Sanitation, dispensaries and jails vaccination Rajputana 1922-1927 - 1922-1927
Year: 1922
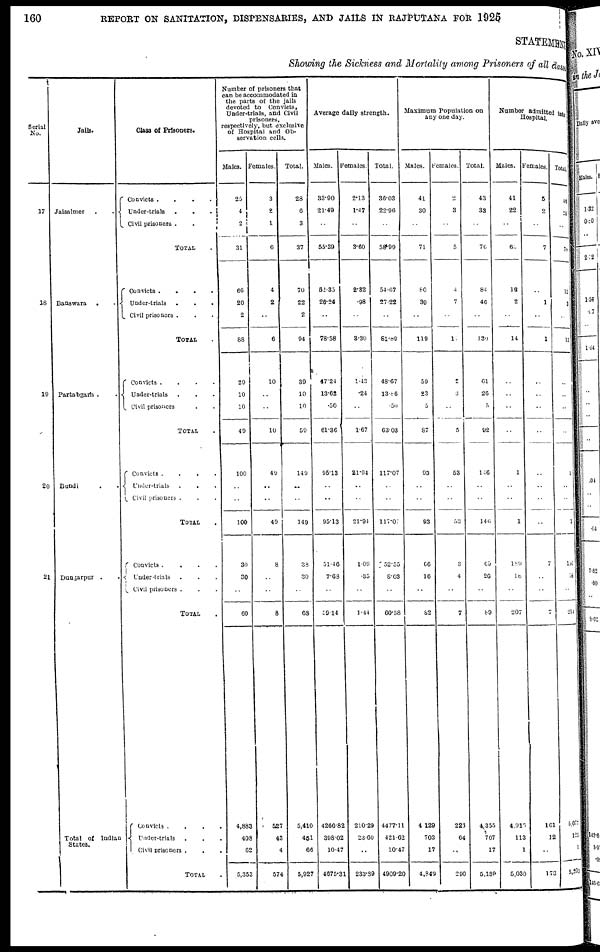
160
REPORT ON SANITATION, DISPENSARIES, AND JAILS IN RAJPUTANA FOR 1925
STATEMENT
Showing the Sickness and Mortality among Prisoners of all classes
Serial
No.
17
18
19
20
21
Jails.
Jaisalmer . .
Banswara
.
.
Partabgarh . .
Bundi .
Dungarpur . .
Total of Indian
States.
Class of Prisoners.
Convicts . . . .
Under-trials . . .
Civil prisoners .
.
TOTAL .
Convicts .
.
.
.
Under-trials . . .
Civil prisoners . .
TOTAL .
Convicts .
.
.
.
Under-trials . . .
Civil prisoners . .
TOTAL .
Convicts .
.
.
.
Under-trials
. .
Civil prisoners . .
TOTAL .
Convicts .
.
.
.
Under-trials . . .
Civil prisoners . .
TOTAL .
Convicts .
.
.
.
Under-trials
. . .
Civil prisoners . . .
TOTAL .
Number of prisoners that
can be accommodated in
the parts of the jails
devoted to
Convicts,
Under-trials, and Civil
prisoners,
respectively, but exclusive
of Hospital and Ob-
servation cells.
Males.
25
4
2
31
66
20
2
88
29
10
10
49
100
..
..
100
30
30
..
60
4,883
408
62
5,353
Females.
3
2
1
6
4
2
..
6
10
..
..
10
49
..
..
49
8
..
..
8
527
43
4
574
Total.
28
6
3
37
70
22
2
94
39
10
10
59
149
..
..
149
38
30
..
68
5,410
451
66
5,927
Average daily strength.
Males.
33.90
21.49
..
55.39
52.35
26.24
..
78.58
47.24
13.62
.50
61.36
95.13
..
..
95.13
51.46
7.68
..
59.14
4266.82
398.02
10.47
4675.31
Females.
2.13
1.47
..
3.60
2.32
.98
..
3.30
1.43
.24
..
1.67
21.94
..
..
21.94
1.09
.35
..
1.44
210.29
23.60
..
233.39
Total.
36.03
22.96
..
58.99
54.67
27.22
..
81.39
48.67
13.86
.50
63.03
117.07
..
..
117.07
52.55
8.03
..
60.58
4477.11
421.62
10.47
4909.20
Maximum Population on
any one day.
Males.
41
30
..
71
80
39
..
119
59
23
5
87
93
..
..
93
66
16
..
82
4,129
703
17
4,849
Females.
2
3
..
5
4
7
..
11
2
3
..
5
53
..
..
53
3
4
..
7
226
64
..
290
Total.
43
33
..
76
84
46
..
130
61
26
5
92
146
..
..
146
69
20
..
89
4,355
767
17
5,139
Number admitted into
Hospital.
Males.
41
22
..
63
12
2
..
14
..
..
..
..
1
..
..
1
189
18
..
207
4,916
113
1
5,030
Females.
5
2
..
7
..
1
..
1
..
..
..
..
..
..
..
..
7
..
..
7
161
12
..
173
Total.
46
24
..
70
12
3
..
15
..
..
..
..
1
..
..
1
196
18
..
214
5,077
125
1
5,203